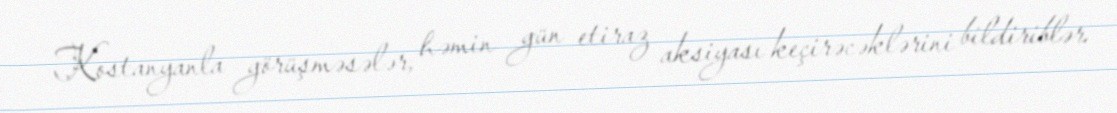
Kostanyanla görüşməsələr, həmin gün etiraz aksiyası keçirəcəklərini bildiriblər.